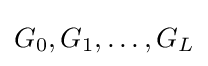
G_{0},G_{1},\ldots ,G_{L}